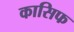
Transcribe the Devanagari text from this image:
कासिफ